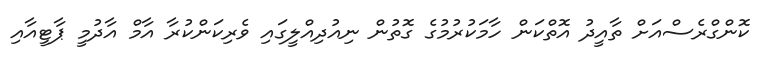
ކޮންގްރެސްއަށް ތާއީދު އޮތްކަން ހާމަކުރުމުގެ ގޮތުން ނިއުދިއްލީގައި ވެރިކަންކުރާ އާމް އާދުމީ ޕާޓީއާއި